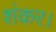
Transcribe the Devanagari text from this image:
शंकर।